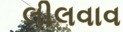
લીલવાવ